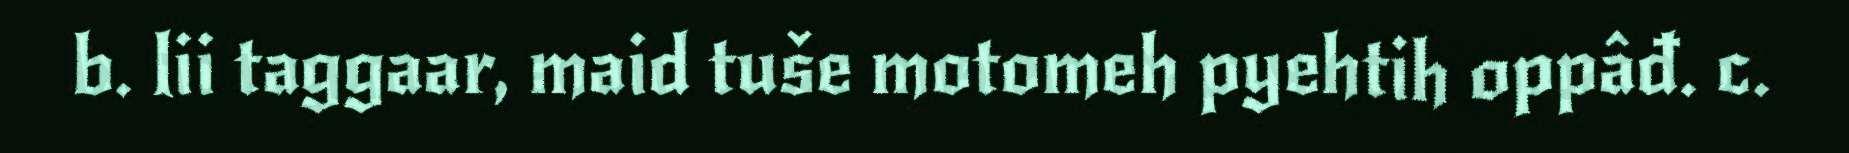
b. lii taggaar, maid tuše motomeh pyehtih oppâđ. c.